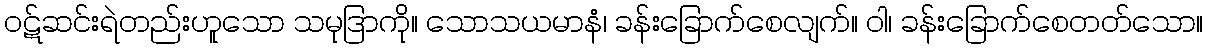
ဝဋ်ဆင်းရဲတည်းဟူသော သမုဒြာကို။ သောသယမာနံ၊ ခန်းခြောက်စေလျက်။ ဝါ၊ ခန်းခြောက်စေတတ်သော။